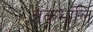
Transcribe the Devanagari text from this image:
अंकमालि